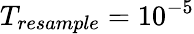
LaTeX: T_{resample}=10^{-5}